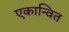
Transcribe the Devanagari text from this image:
एकान्वित